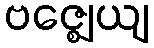
ဗဇ္ဈေယျ